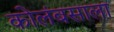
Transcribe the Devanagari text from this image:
कोलंबसाला